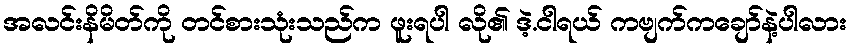
အလင်းနိမိတ်ကို တင်စားသုံးသည်က ဖူးရပါ လို၏ ဒဲ့.ငါရယ် ကဗျက်ကချော်နဲ့ပါလား